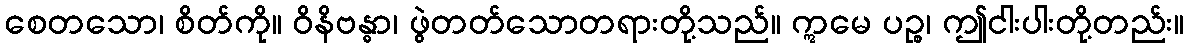
စေတသော၊ စိတ်ကို။ ဝိနိဗန္ဓာ၊ ဖွဲတတ်သောတရားတို့သည်။ ဣမေ ပဉ္စ၊ ဤငါးပါးတို့တည်း။